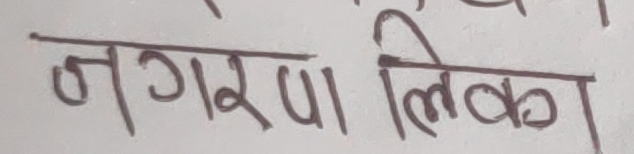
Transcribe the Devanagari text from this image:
नगरपालिका